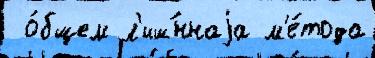
 о́бщем л'иш́ннаjа м'е́тода